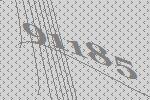
91185